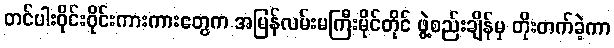
တင်ပါးဝိုင်းဝိုင်းကားကားတွေက အမြန်လမ်းမကြီးမိုင်တိုင် ဖွဲ့စည်းချိန်မှ တိုးတက်ခဲ့ကာ